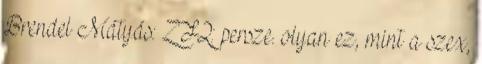
Brendel Mátyás: ZF2: persze. olyan ez, mint a szex,